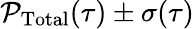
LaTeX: \mathcal{P}_{\mathrm{Total}}(\tau)\pm\sigma(\tau)